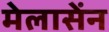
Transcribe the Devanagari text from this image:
मेलासेंन